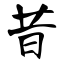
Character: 昔